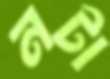
নটা